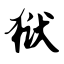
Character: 狱